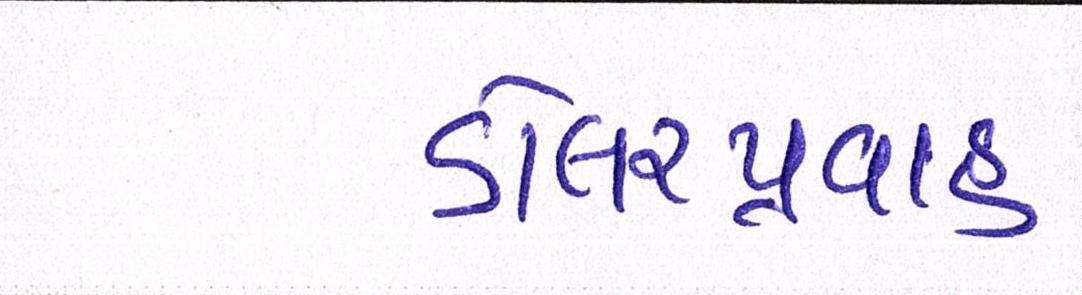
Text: ડોલરપ્રવાહ